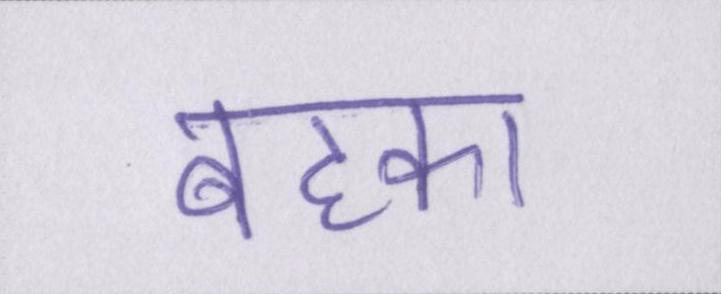
बहका